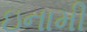
ઇનામી